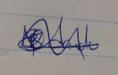
Signature authenticity: genuine